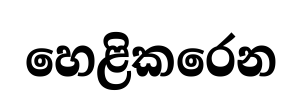
හෙළිකරෙන